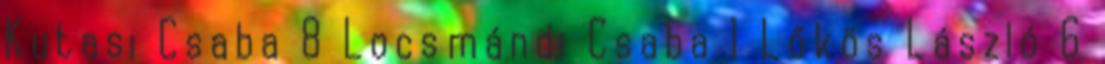
Kutasi Csaba 8 Locsmándi Csaba 1 Lőkös László 6